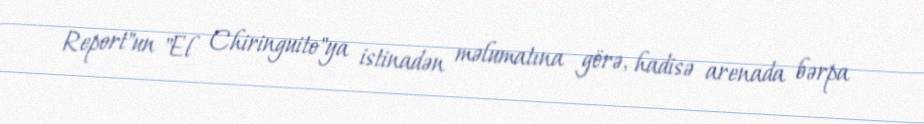
Report"un "El Chiringuito"ya istinadən məlumatına görə, hadisə arenada bərpa